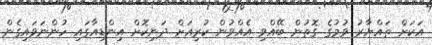
އަކަަށް ތައްޔާރު ވުމުގެ ގޮތުން ބޭއްވި އެއްވުން ކުރިއަށް ދަނިކޮށް އިންޑިއާގައި ހުންނަވައިގެން